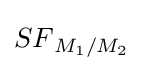
{SF}_{M_{1}/M_{2}}